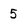
Character: 5